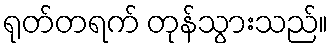
ရုတ်တရက် တုန်သွားသည်။